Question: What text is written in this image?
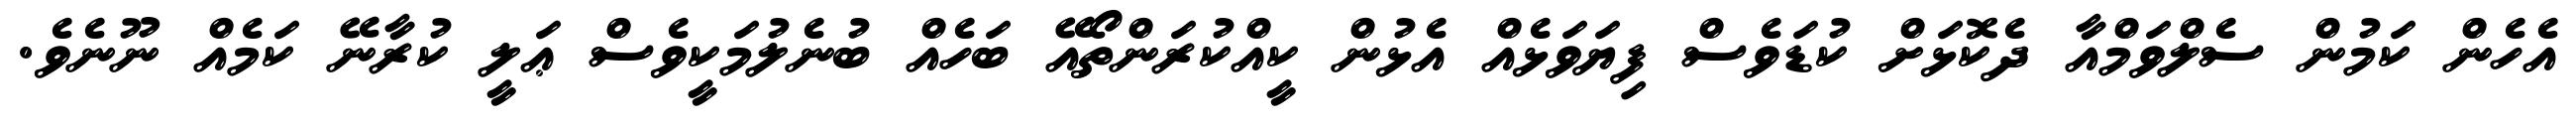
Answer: އެހެން ކަމުން ސެލްވަމްއާ ދެކޮޅަށް ކުޑަވެސް ފިޔަވަޅެއް އެޅުން ކީއްކުރަންތޯއޭ ބަހެއް ބުނެލުމަކީވެސް ޢަލީ ކުރާނޭ ކަމެއް ނޫނެވެ.